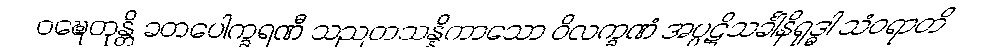
ဝဍ္ဎေတုန္တိ ခတပေါက္ခရဏီ သညတသန္နိကာသော ဝိလက္ခဏံ အပ္ပဋိသင်္ခါနိရုဒ္ဓါ သံဝရာတိ